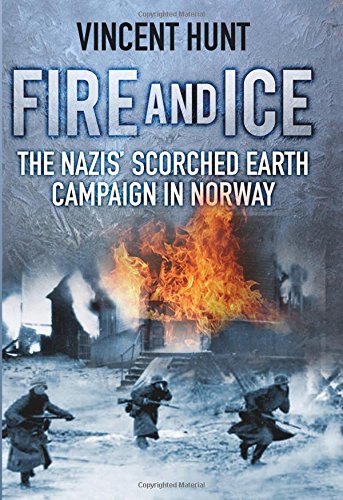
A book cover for Fire and Ice: The Nazis' Scorched Earth Campaign in Norway; Vincent Hunt; History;